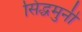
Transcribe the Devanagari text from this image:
सिद्धमुनी